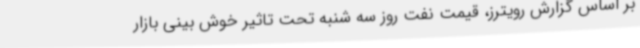
بر اساس گزارش رویترز، قیمت نفت روز سه شنبه تحت تاثیر خوش بینی بازار